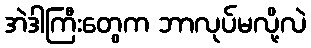
အဲဒါကြီးတွေက ဘာလုပ်မလို့လဲ